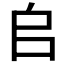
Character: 𠂤